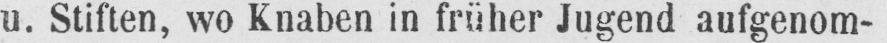
u. Stiften, wo Knaben in früher Jugend aufgenom-